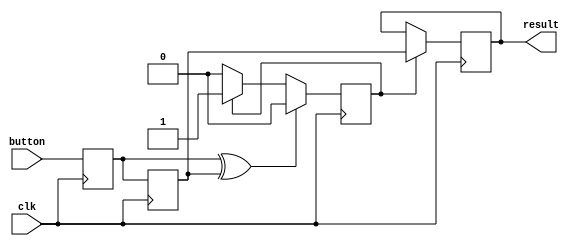
module debouncer(button,clk,result);
input button,clk;
output reg result;
reg q1,q2,q4;
wire q3;
reg [4:0] count;

always@(posedge clk)
begin
        q1<=button;
end

always@(posedge clk)
begin
        q2<=q1;
end


assign q3=q1^q2;

always@(posedge clk)
begin
        if (q3)
        begin
        count<=5'b0;
        q4<=0;
        end
        else if (q4)
        begin
                if(count == 5'd20)
                begin
                        q4<=1;
                        count<=5'b0;
                end

                else 
                begin
                        count<=count+1'b1;
                end
        end
		  end

always@(posedge clk)
begin
        if(q4)
        begin
                result<=q2;
        end
end
endmodule